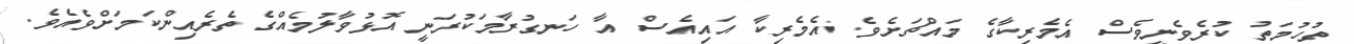
ތުހުމަތު ކުރެވެނީވެސް އެމެރިކާގެ މައްޗަށެވެ. އެމެރިކާ އައިއެސް އާ ހަނގުރާމަކުރަނީ އޮޅުވާލުމެއްގެ ތެރެއިންކަމަށްވެއެވެ.